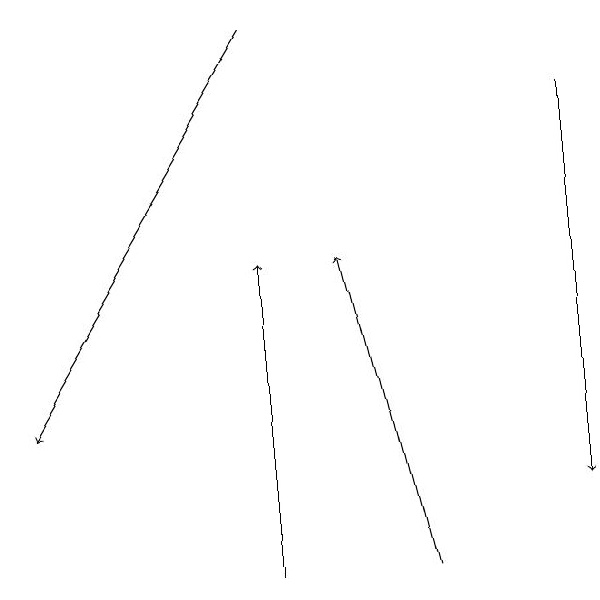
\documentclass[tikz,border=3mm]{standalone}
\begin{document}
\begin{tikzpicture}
\draw[->] (3,19) -- (0,14);
\draw[->] (5,12) -- (4,16);
\draw[->] (3,12) -- (3,16);
\draw[->] (7,18) -- (7,13);
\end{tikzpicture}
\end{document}